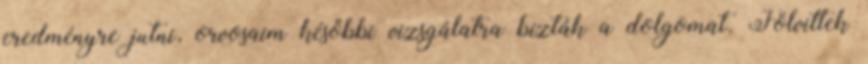
eredményre jutni, orvosaim későbbi vizsgálatra bízták a dolgomat. Fölvittek